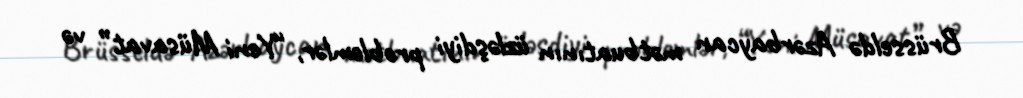
Brüsseldə Azərbaycan mətbuatının üzləşdiyi problemlər, “Yeni Müsavat” və